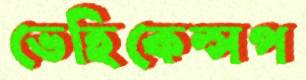
ভেহিকেল্সপ